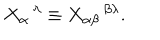
LaTeX: X _ { \alpha } { } ^ { \, \lambda } \equiv X _ { \alpha \beta } { } ^ { \, \beta \lambda } .